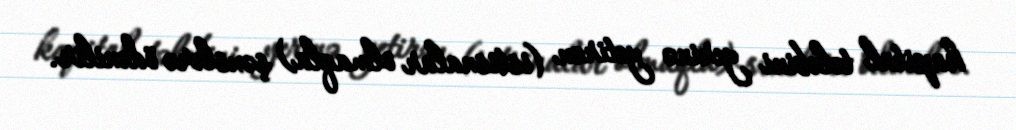
kapital tələbini yerinə yetirən (istisnalar olmaqla) şəxslərə ödənilir.